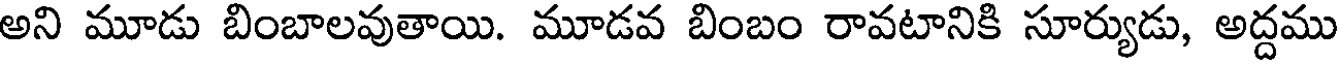
అని మూడు బింబాలవుతాయి. మూడవ బింబం రావటానికి సూర్యుడు, అద్దము